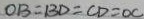
O B = B D = C D = O C